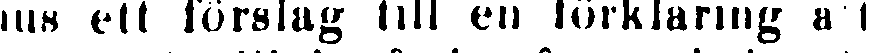
hus ett förslag till en förklaring af